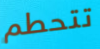
تتحطم